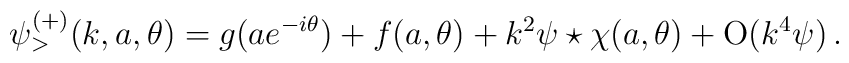
\psi_>^{(+)}(k,a,\theta)=g(a e^{-i \theta}) + f(a,\theta) +k^2 \psi\star \chi(a,\theta) + \mbox{O} (k^4 \psi)\,.